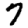
Digit: 7